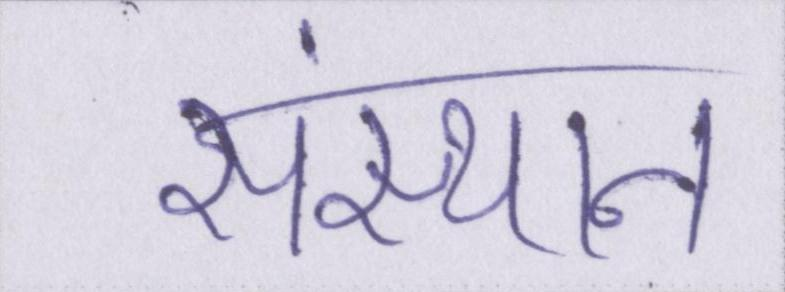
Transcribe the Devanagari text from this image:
संस्थान